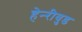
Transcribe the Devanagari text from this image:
हेन्‍रीवुड